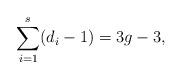
LaTeX: \begin{align*}\sum_{i=1}^{s} ( d_i - 1) =3g - 3,\end{align*}